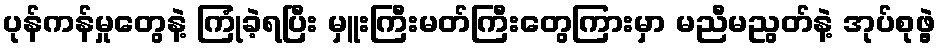
ပုန်ကန်မှုတွေနဲ့ ကြုံခဲ့ရပြီး မှူးကြီးမတ်ကြီးတွေကြားမှာ မညီမညွတ်နဲ့ အုပ်စုဖွဲ့